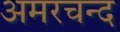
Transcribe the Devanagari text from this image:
अमरचन्द